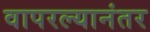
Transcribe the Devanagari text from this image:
वापरल्यानंतर